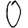
Digit: 0